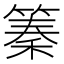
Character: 𥱧